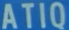
ATIQ